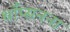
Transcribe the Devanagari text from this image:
थाँप्सनना